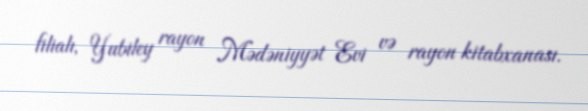
filialı, Yubiley rayon Mədəniyyət Evi və rayon kitabxanası.